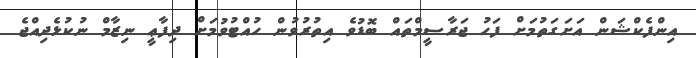
އިންފެކްޝަން އަށަގަތުމަށް ފަހު ޖަރާސީމްތައް ބޮޑުވެ އިތުރުވުން ހުއްޓުވުމަށް ދިފާޢީ ނިޒާމް ނުކުޅެދިއްޖެ